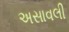
અસાવલી